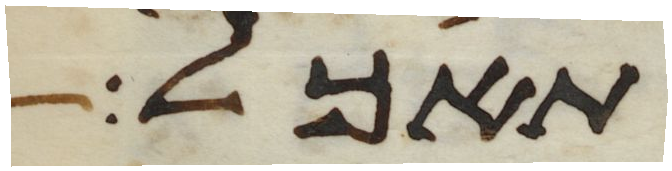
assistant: תאכל